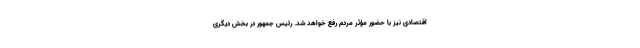
اقتصادی نیز با حضور مؤثر مردم رفع خواهد شد. رئیس جمهور در بخش دیگری